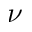
\nu